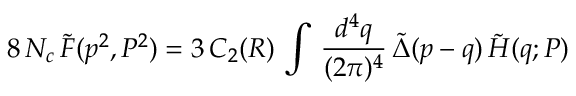
8 \, N _ { c } \, \tilde { F } ( p ^ { 2 } , P ^ { 2 } ) = 3 \, C _ { 2 } ( R ) \, \int \, \frac { d ^ { 4 } q } { ( 2 \pi ) ^ { 4 } } \, \tilde { \Delta } ( p - q ) \, \tilde { H } ( q ; P )